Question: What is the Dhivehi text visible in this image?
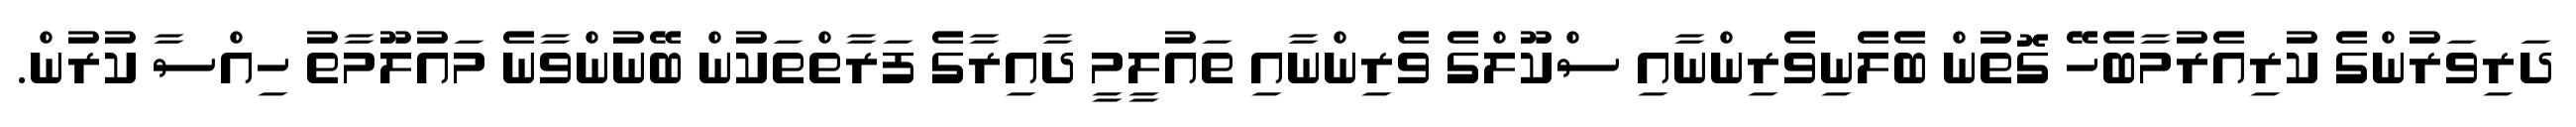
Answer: ދަރިވަރުންގެ ކުރިއެރުމާބެހޭ ގޮތުން ބެލެނިވެރިންނާއި ސްކޫލްގެ ވެރިންނާއި ތައުލީމީ ދާއިރާގެ ފަރާތްތަކުން ބޭނުންވާނެ މައުލޫމާތު ހިއްސާ ކުރުން.